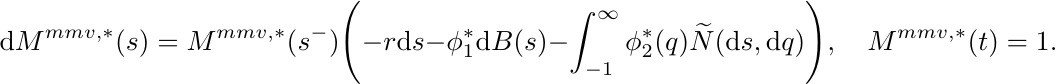
    \begin{equation}
        \mathrm{d}M^{mmv,\ast}(s) = M^{mmv,\ast}(s^-) \Bigg( -r \mathrm{d}s - \phi_1^{\ast}\mathrm{d}B(s) - \int_{-1}^{\infty} \phi_2^{\ast}(q)\widetilde{N}(\mathrm{d}s,\mathrm{d}q) \Bigg), \quad M^{mmv,\ast}(t) = 1. \label{MMV pricing operator} \notag
    \end{equation}